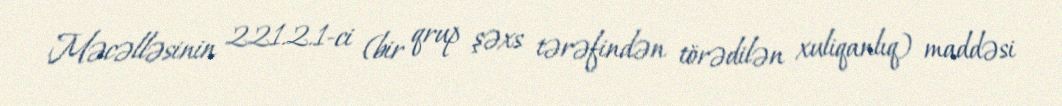
Məcəlləsinin 221.2.1-ci (bir qrup şəxs tərəfindən törədilən xuliqanlıq) maddəsi